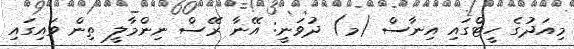
މިއަދުގެ ހީޓްގައި އިނާސް (މ) ދުވަނީ: އޭނާ ރޭސް ނިންމާލީ ތިން ވައިގައި